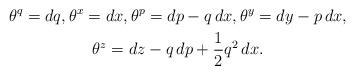
LaTeX: \begin{gather*}\theta^q = dq, \theta^x = dx, \theta^p = dp - q\,dx, \theta^y = dy - p\,dx,\\\theta^z = dz - q\,dp + \frac12 q^2 \,dx.\end{gather*}